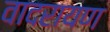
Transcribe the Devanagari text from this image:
वादरायण